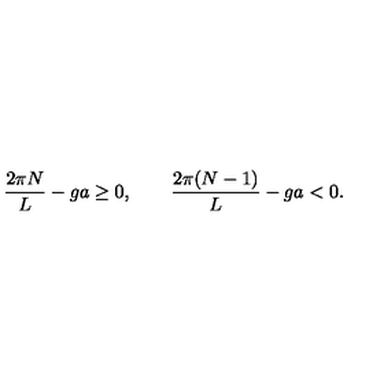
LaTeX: \frac { 2 \pi N } { L } - g a \ge 0 , \qquad \frac { 2 \pi ( N - 1 ) } { L } - g a < 0 .